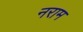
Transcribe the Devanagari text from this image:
नराम